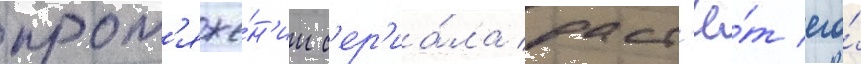
прот'яже́н'ии с'ер'иа́ла раст'ё́т его́